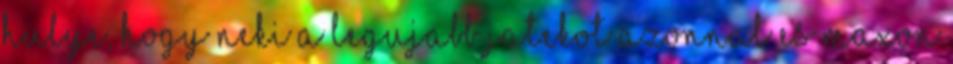
hulye, hogy neki a legujabb jatekot azonnal es maxon